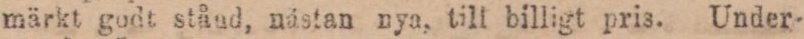
märkt godt stånd, nästan nya, till billigt pris. Under-